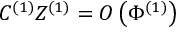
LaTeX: C ^ { ( 1 ) } Z ^ { ( 1 ) } = O \left( \Phi ^ { ( 1 ) } \right)